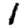
Digit: 1